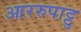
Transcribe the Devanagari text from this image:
आररुपाट्टु